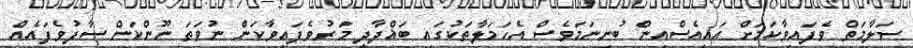
ސަލާމަތް ވެފައިވާކަމަށް އައިއެސްއިން ބުނިނަމަވެސް އެހަމަލާތަކުގައި ބަޣްދާދީ މަރުވެފައިވާކަން ނުވަތަ ނޫންކަން ސާފުވެފައެއް